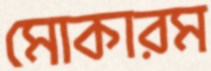
মোকারম